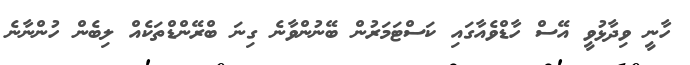
ހާނީ ވިދާޅުވީ އޭސް ހާޑްވެއާގައި ކަސްޓަމަރުން ބޭނުންވާނެ ގިނަ ބްރޭންޑްތަކެއް ލިބެން ހުންނާނެ